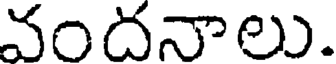
వందనాలు.